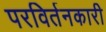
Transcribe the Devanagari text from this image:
परविर्तनकारी